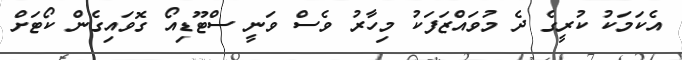
އެކަމަކު ކުރީގެ ދެ މުވައްޒަފަކު މިހާރު ވެސް ވަނީ ސްޓޫޑިއޯ ގޮވައިގެން ކޯޓަށް